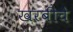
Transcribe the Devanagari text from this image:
खरबीचे